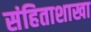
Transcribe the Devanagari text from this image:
संहिताशाखा